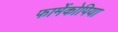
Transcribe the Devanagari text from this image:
फार्मेकोपिया